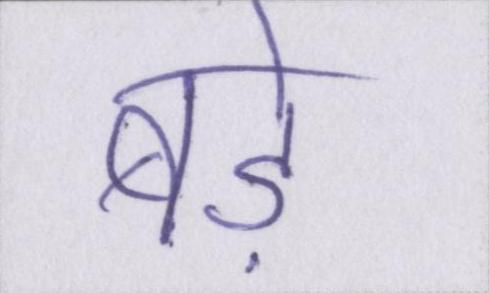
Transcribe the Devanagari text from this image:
बड़े